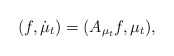
\begin{align*}(f, \dot \mu_t) = (A_{\mu_t}f,\mu_t),\end{align*}